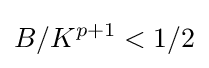
B/K^{p+1}<1/2